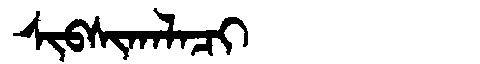
Manchu: ᠰᡳᠪᠰᡳᡴᠠᠯᠠᠴᡳ
Romanization: SIBSIKALACI